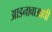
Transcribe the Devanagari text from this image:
आडनावाआधी